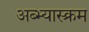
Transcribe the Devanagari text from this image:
अब्भ्यास्क्रम